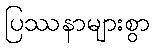
ပြဿနာများစွာ